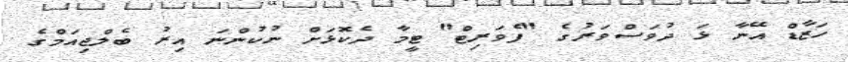
ހަޒާޑް އޭނާ ޅަ ދުވަސްވަރުގެ "ފެވަރިޓް" ޓީމާ ދެކޮޅަށް ނުކުންނަ އިރު ބެލްޖިއަމްގެ